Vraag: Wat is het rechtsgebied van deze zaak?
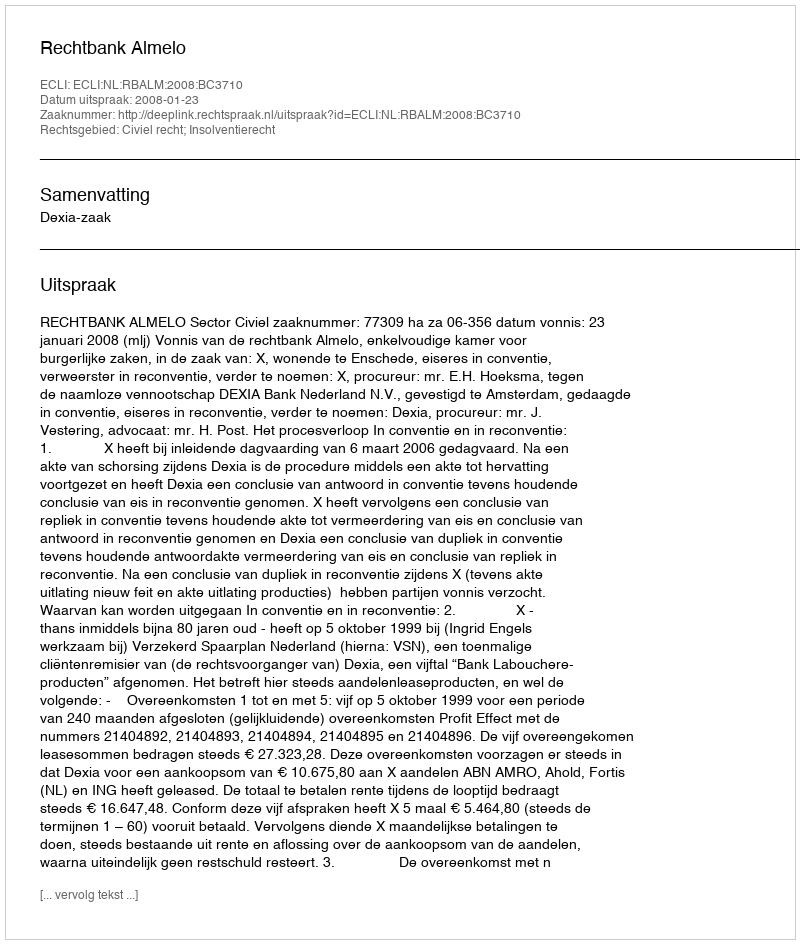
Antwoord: Civiel recht; Insolventierecht